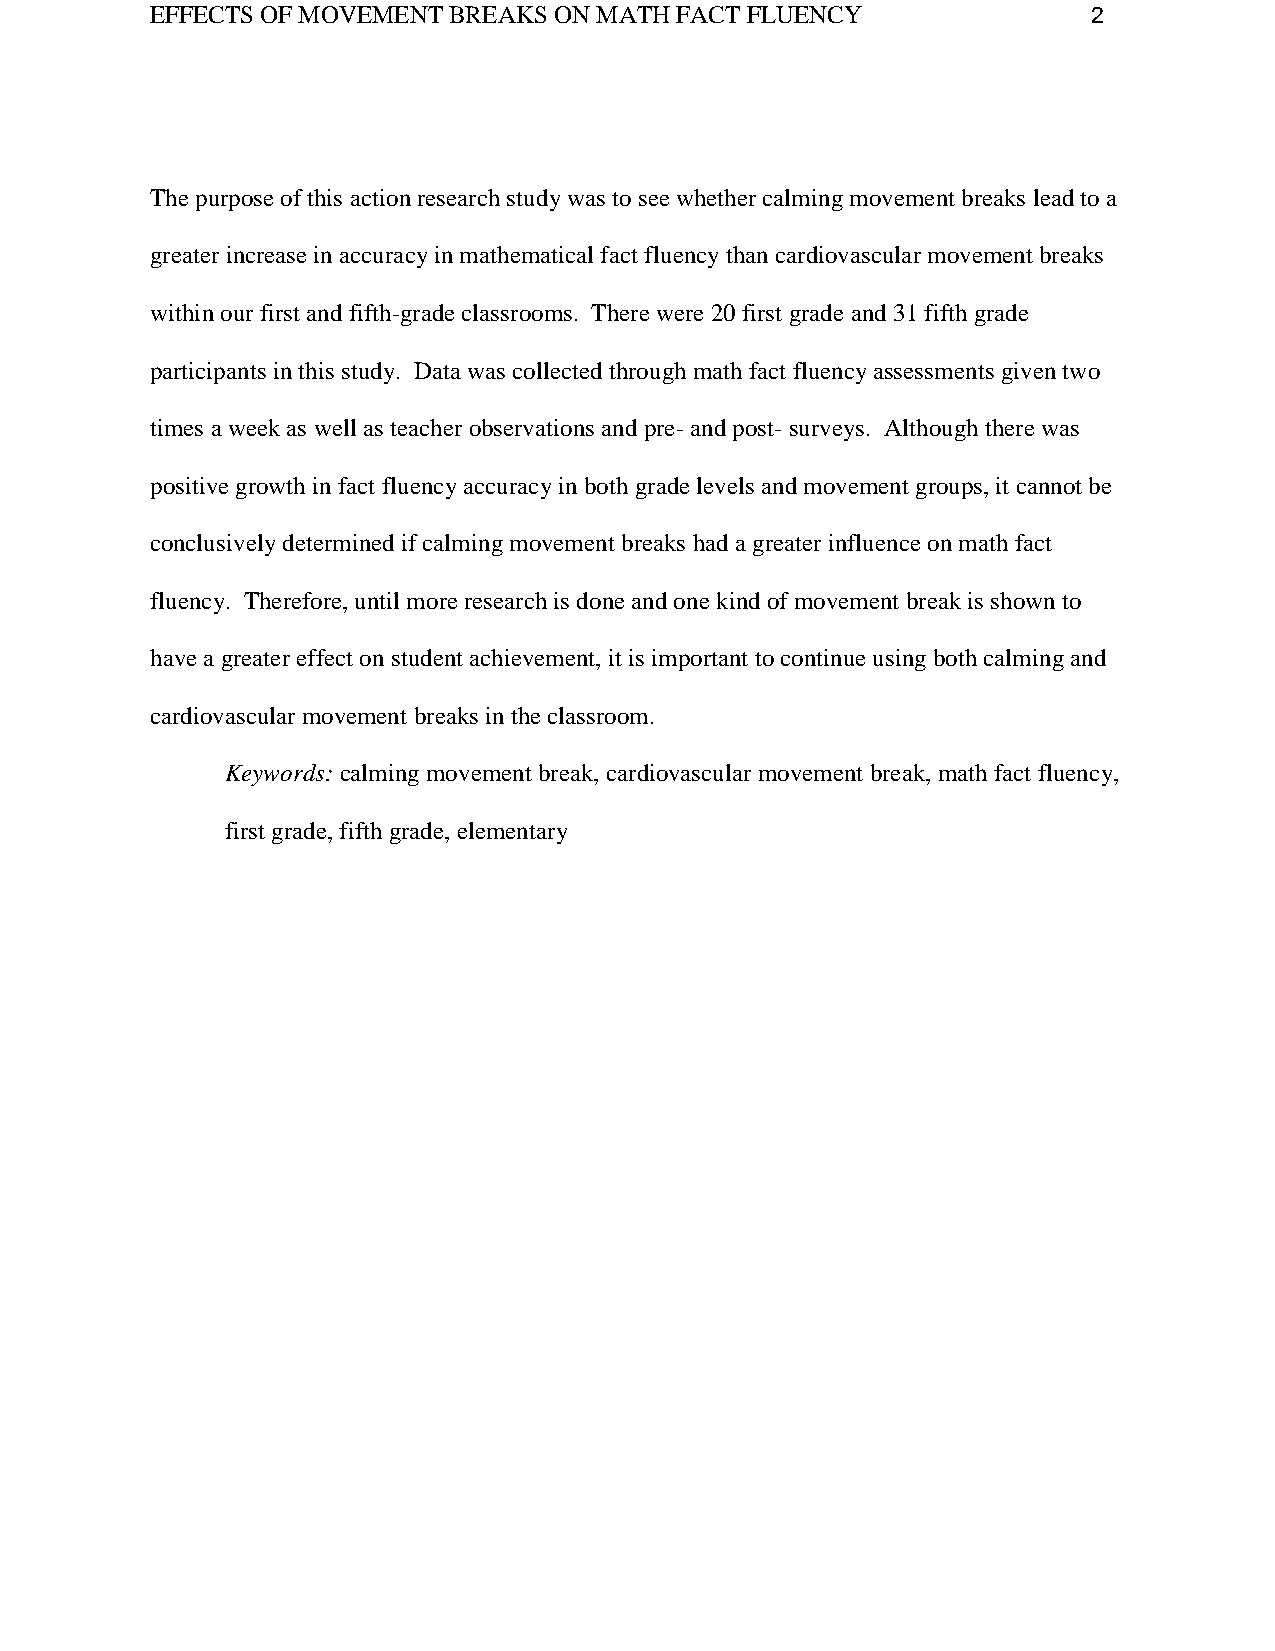
EFFECTS OF MOVEMENT BREAKS ON MATH FACT FLUENCY               2
 The purpose of this action research study was to see whether calming movement breaks lead to a
 greater increase in accuracy in mathematical fact fluency than cardiovascular movement breaks
 within our first and fifth-grade classrooms. There were 20 first grade and 31 fifth grade
 participants in this study. Data was collected through math fact fluency assessments given two
 times a week as well as teacher observations and pre- and post- surveys. Although there was
 positive growth in fact fluency accuracy in both grade levels and movement groups, it cannot be
 conclusively determined if calming movement breaks had a greater influence on math fact
 fluency. Therefore, until more research is done and one kind of movement break is shown to
 have a greater effect on student achievement, it is important to continue using both calming and
 cardiovascular movement breaks in the classroom.
 Keywords: calming movement break, cardiovascular movement break, math fact fluency,
 first grade, fifth grade, elementary